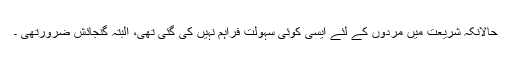
حالانکہ شریعت میں مردوں کے لئے ایسی کوئی سہولت فراہم نہیں کی گئی تھی، البتہ گنجائش ضرورتھی ۔